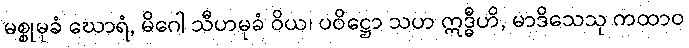
မစ္စုမုခံ ဃောရံ, မိဂေါ သီဟမုခံ ဝိယ၊ ပဝိဋ္ဌော သဟ ဣဒ္ဓီဟိ, မာဒိသေသု ကထာဝ